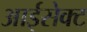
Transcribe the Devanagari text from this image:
आईसेक्ट